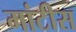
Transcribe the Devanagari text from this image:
मांटीस